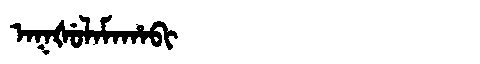
Manchu: ᠠᡴᡧᡠᠯᠠᠮᠠᡥᠠᠪᡳ
Romanization: AKŠULAMAHABI